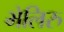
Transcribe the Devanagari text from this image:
भेलिरु